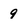
Character: 9